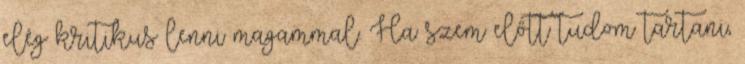
elég kritikus lenni magammal. Ha szem előtt tudom tartani,